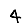
Digit: 4